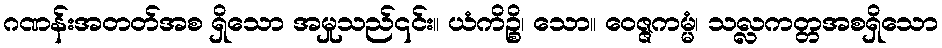
ဂဏန်းအတတ်အစ ရှိသော အမှုသည်၎င်း။ ယံကိဉ္စိ၊ သော။ ဝေဇ္ဇကမ္မံ၊ သလ္လကတ္တအစရှိသော